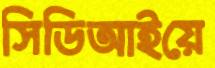
সিডিআইয়ে